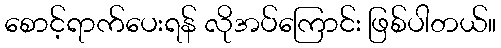
စောင့်ရာက်ပေးရန် လိုအပ်ကြောင်း ဖြစ်ပါတယ်။